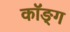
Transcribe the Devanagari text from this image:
कॉङ्‌ग